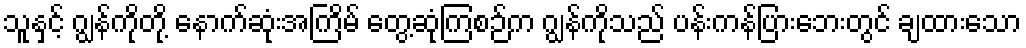
သူနှင့် ဂျွန်ကိုတို့ နောက်ဆုံးအကြိမ် တွေ့ဆုံကြစဉ်က ဂျွန်ကိုသည် ပန်းကန်ပြားဘေးတွင် ချထားသော